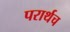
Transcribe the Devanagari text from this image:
परार्थच